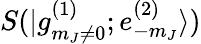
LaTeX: S(|g_{m_{J}\neq 0}^{(1)};e_{-m_{J}}^{(2)}\rangle)